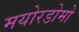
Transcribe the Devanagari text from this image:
मयोरडोमो